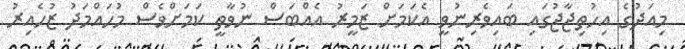
މިއަދުގެ އިހުތިޖާޖުގައި ބައިވެރިނުވީ އެކަމަށް ޒަމީރު އެއްބަސް ނުވާތީ ކަމަށްވެސް މުހައްމަދު ޒުހެއިރު